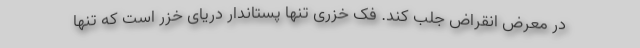
در معرض انقراض جلب کند. فک خزری تنها پستاندار دریای خزر است که تنها